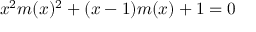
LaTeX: x ^ { 2 } m ( x ) ^ { 2 } + ( x - 1 ) m ( x ) + 1 = 0